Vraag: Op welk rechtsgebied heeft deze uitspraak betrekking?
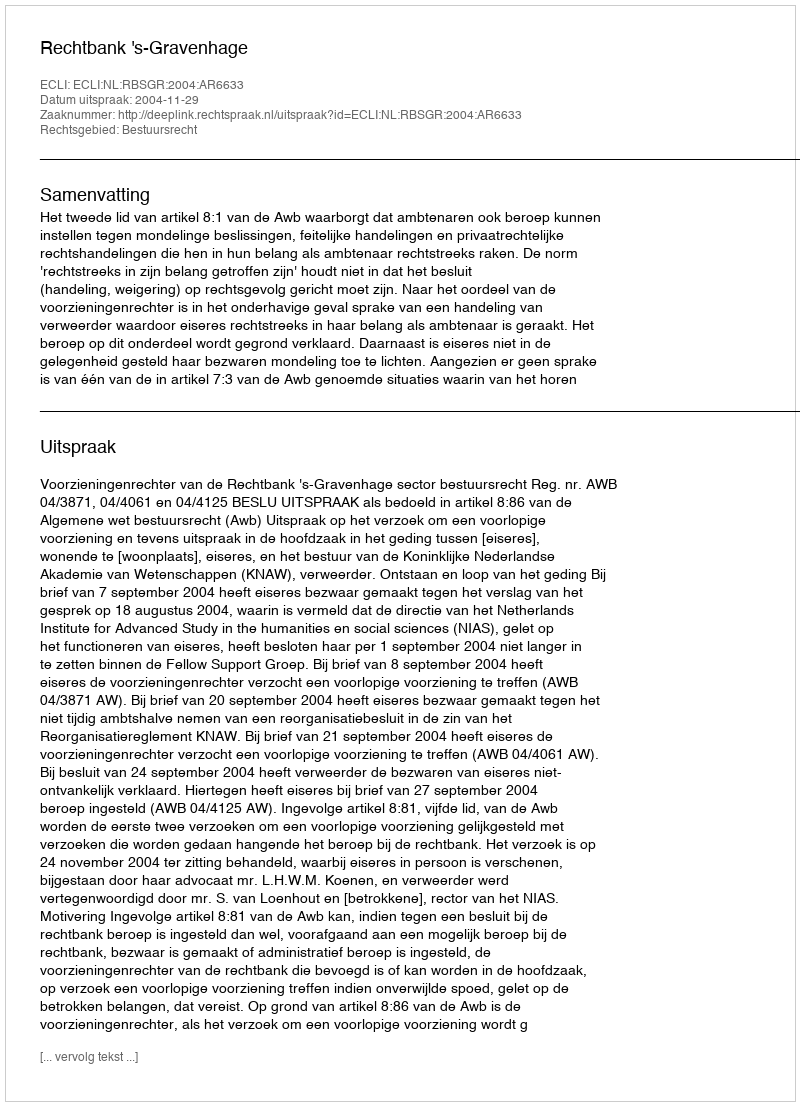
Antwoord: Bestuursrecht